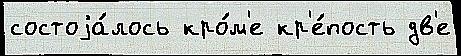
состоjа́лось кро́м'е кр'е́пость дв'е